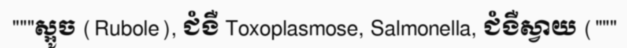
"""ស្អូច (Rubole), ជំងឺ Toxoplasmose, Salmonella, ជំងឺស្វាយ ("""